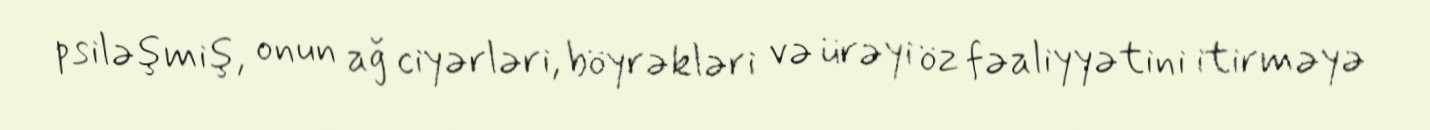
psiləşmiş, onun ağ ciyərləri, böyrəkləri və ürəyi öz fəaliyyətini itirməyə